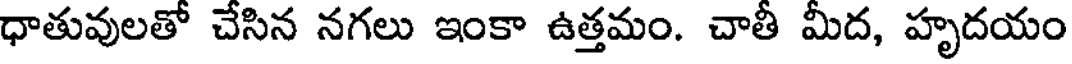
ధాతువులతో చేసిన నగలు ఇంకా ఉత్తమం. చాతీ మీద, హృదయం